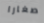
صغارا